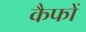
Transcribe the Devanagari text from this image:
कैफों